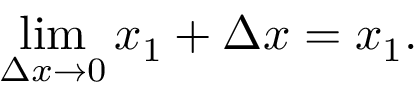
\operatorname* { l i m } _ { \Delta x \to 0 } x _ { 1 } + \Delta x = x _ { 1 } .